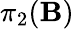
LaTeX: \pi_{2}(\mathbf{B})